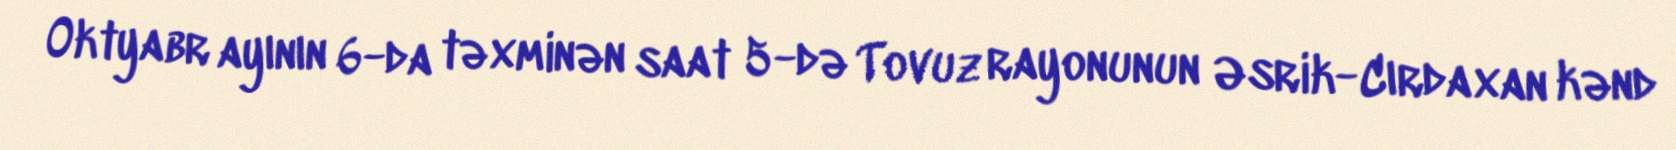
Oktyabr ayının 6-da təxminən saat 5-də Tovuz rayonunun Əsrik-Cırdaxan kənd